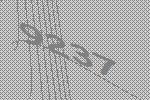
9237